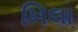
ખિલા